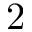
2